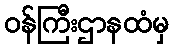
ဝန်ကြီးဌာနထံမှ